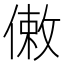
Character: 𠍏